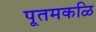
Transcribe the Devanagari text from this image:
पूतमकळि